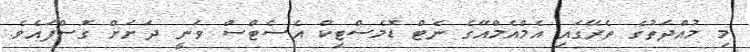
މި މުއްދަތުގެ ތެރޭގައި އެމްއެމްއޭގެ ނެޓް ޑޮމެސްޓިކް އެސެޓްސް ވަނީ ދަށަށް ގޮސްފައެވެ.